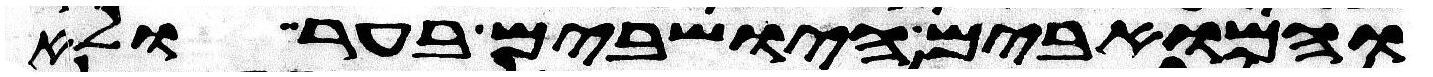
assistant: והמואבים הישבים בער ולא